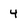
Character: 4